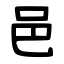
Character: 邑